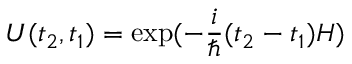
U ( t _ { 2 } , t _ { 1 } ) = \exp ( - \frac { i } { \hbar } ( t _ { 2 } - t _ { 1 } ) H )